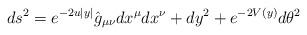
LaTeX: \begin{align*}ds^2= e^{-2u|y|}\hat{g}_{\mu\nu}dx^\mu dx^\nu + dy^2 + e^{-2V(y)} d\theta^2\end{align*}